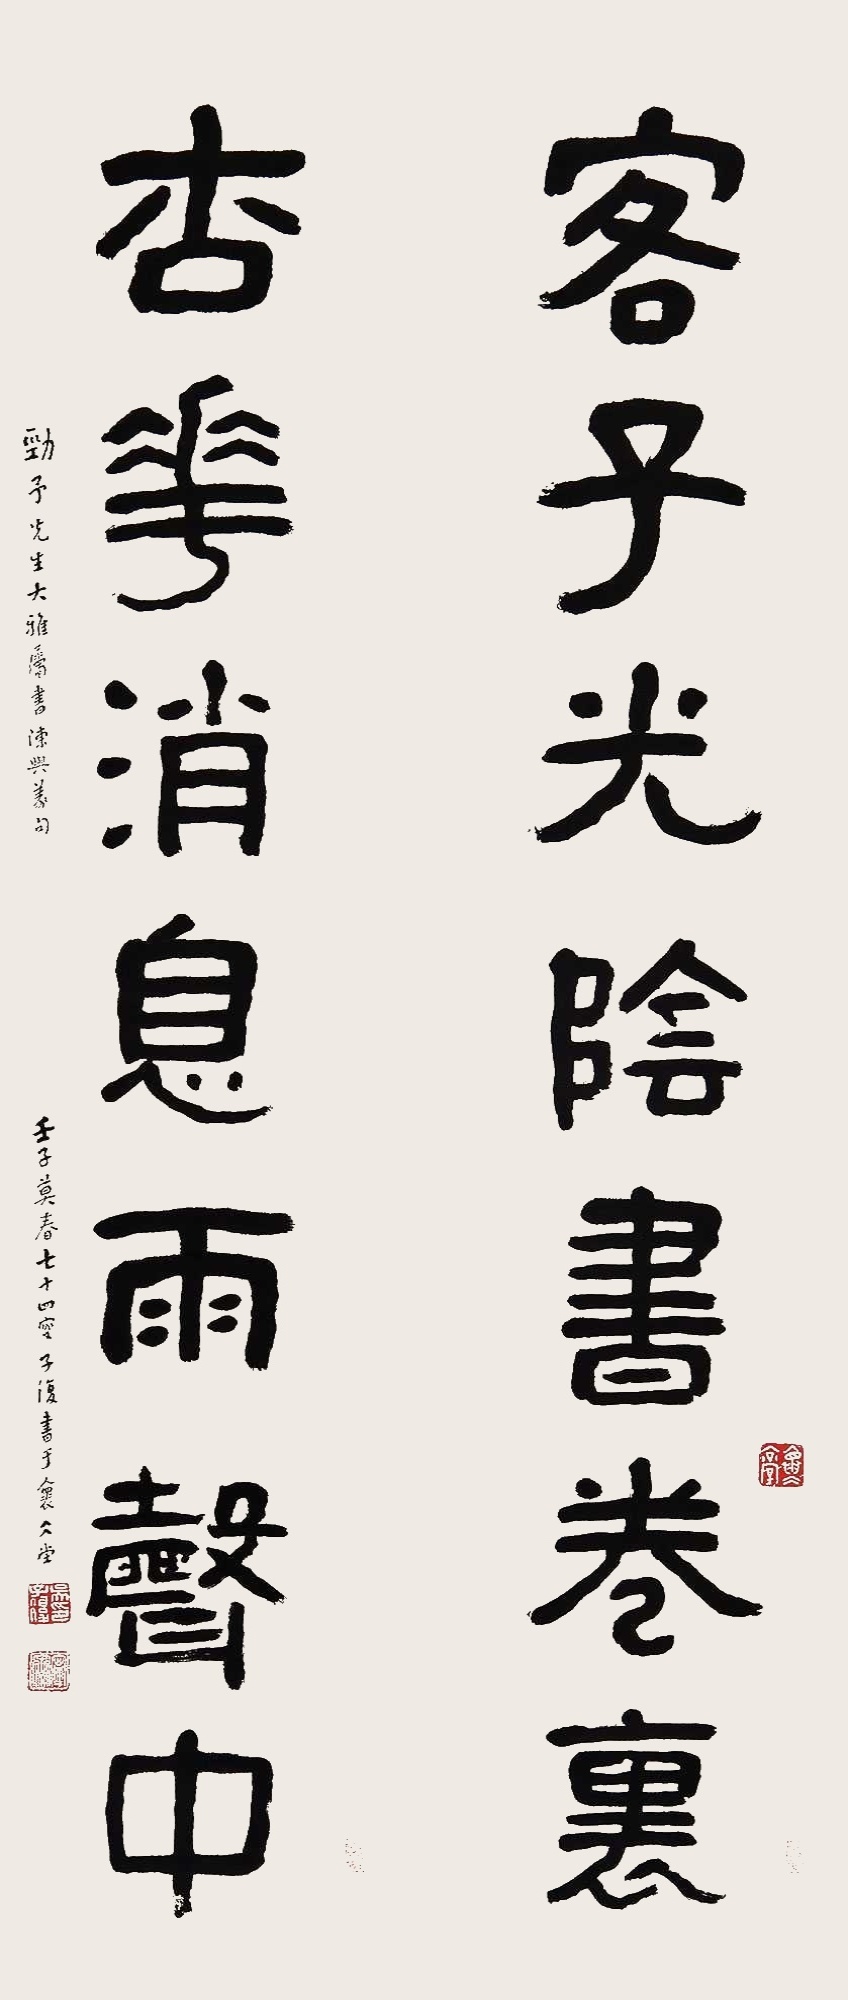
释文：客子光阴书卷里，杏花消息雨声中。劲予先生大雅属书陈与义句。壬子莫春，七十四叟子复书于怀冰堂。